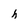
Character: h